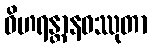
ဝိဟရန္တာနဝဿုတာ